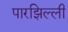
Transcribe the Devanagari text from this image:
पारझिल्ली